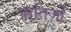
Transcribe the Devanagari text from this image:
ऋतिजों